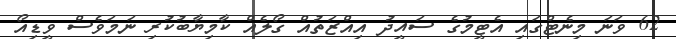
62 ވަނަ މިނެޓްގައި އެޓީމުގެ ސައީދު އިއްޒަތުއް ގޯލެއް ކާމިޔާބުކުރި ނަމަވެސް ވީޑިއޯ